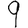
Digit: 9